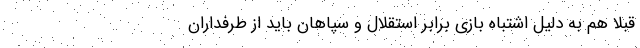
قبلاً هم به دلیل اشتباه بازی برابر استقلال و سپاهان باید از طرفداران